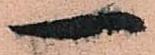
一